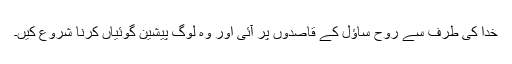
خدا کی طرف سے رُوح ساؤل کے قاصدوں پر آئی اور وہ لوگ پیشین گوئیاں کرنا شروع کیں۔